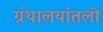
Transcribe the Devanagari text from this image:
ग्रंथालयांतली